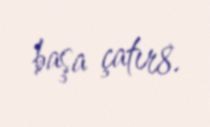
başa çatır8.